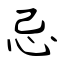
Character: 忌